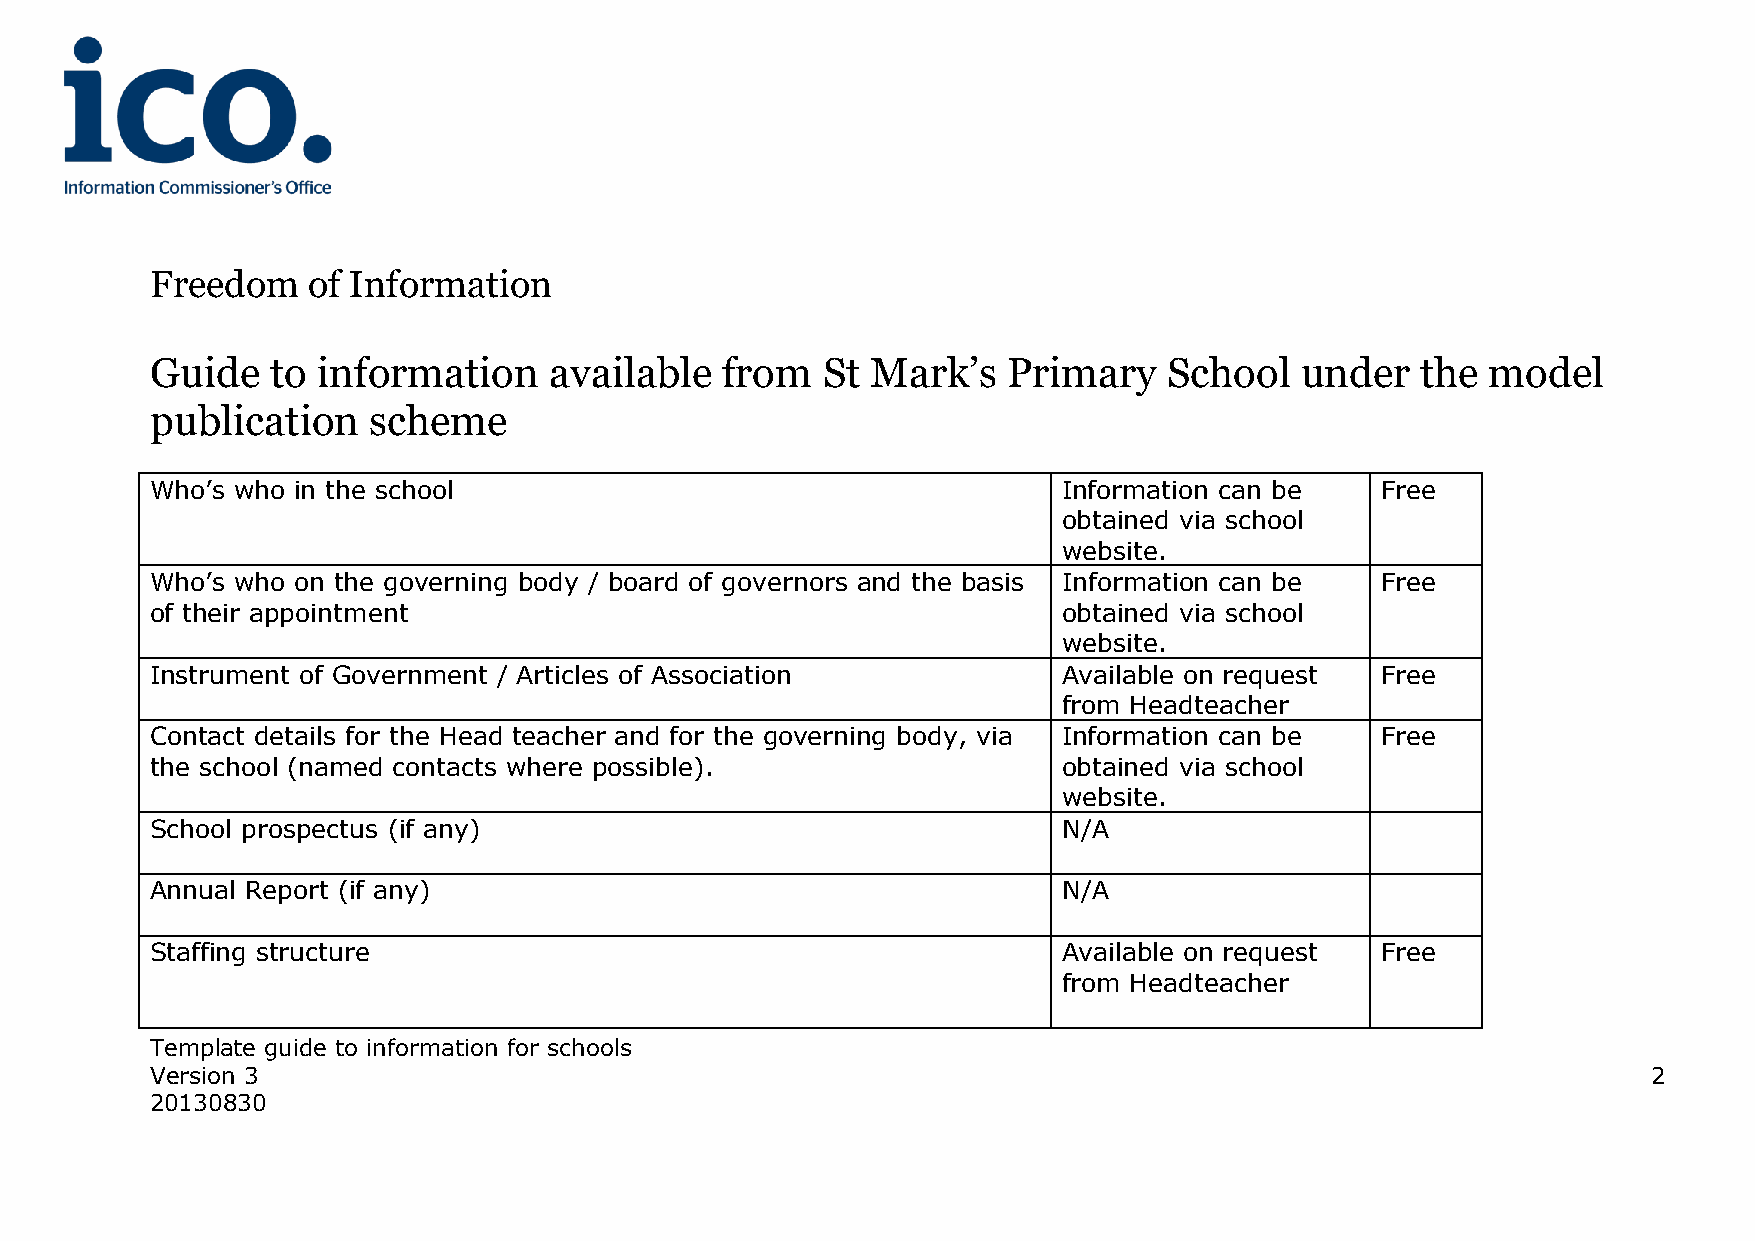
Freedom   of Information
 Guide   to information    available   from  St  Mark’s   Primary   School   under   the  model
 publication   scheme
 Who’s who in the school                                     Information can be   Free
 obtained via school
 website.
 Who’s who on the governing body / board of governors and the basis Information can be Free
 of their appointment                                        obtained via school
 website.
 Instrument of Government / Articles of Association          Available on request Free
 from Headteacher
 Contact details for the Head teacher and for the governing body, via Information can be Free
 the school (named contacts where possible).                 obtained via school
 website.
 School prospectus (if any)                                  N/A
 Annual Report (if any)                                      N/A
 Staffing structure                                          Available on request Free
 from Headteacher
 Template guide to information for schools
 Version 3                                                                                          2
 20130830